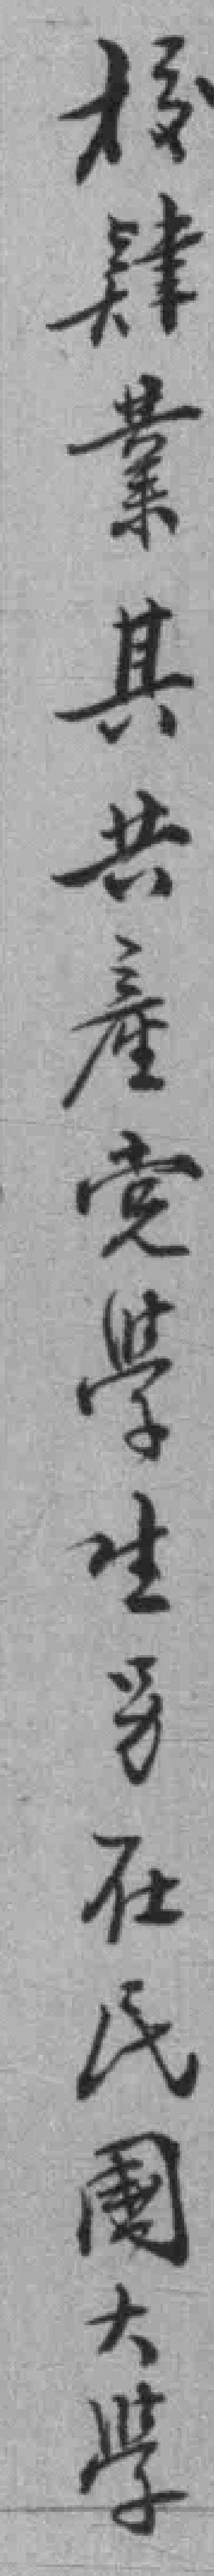
校肄業其共產党學生另在民國大學